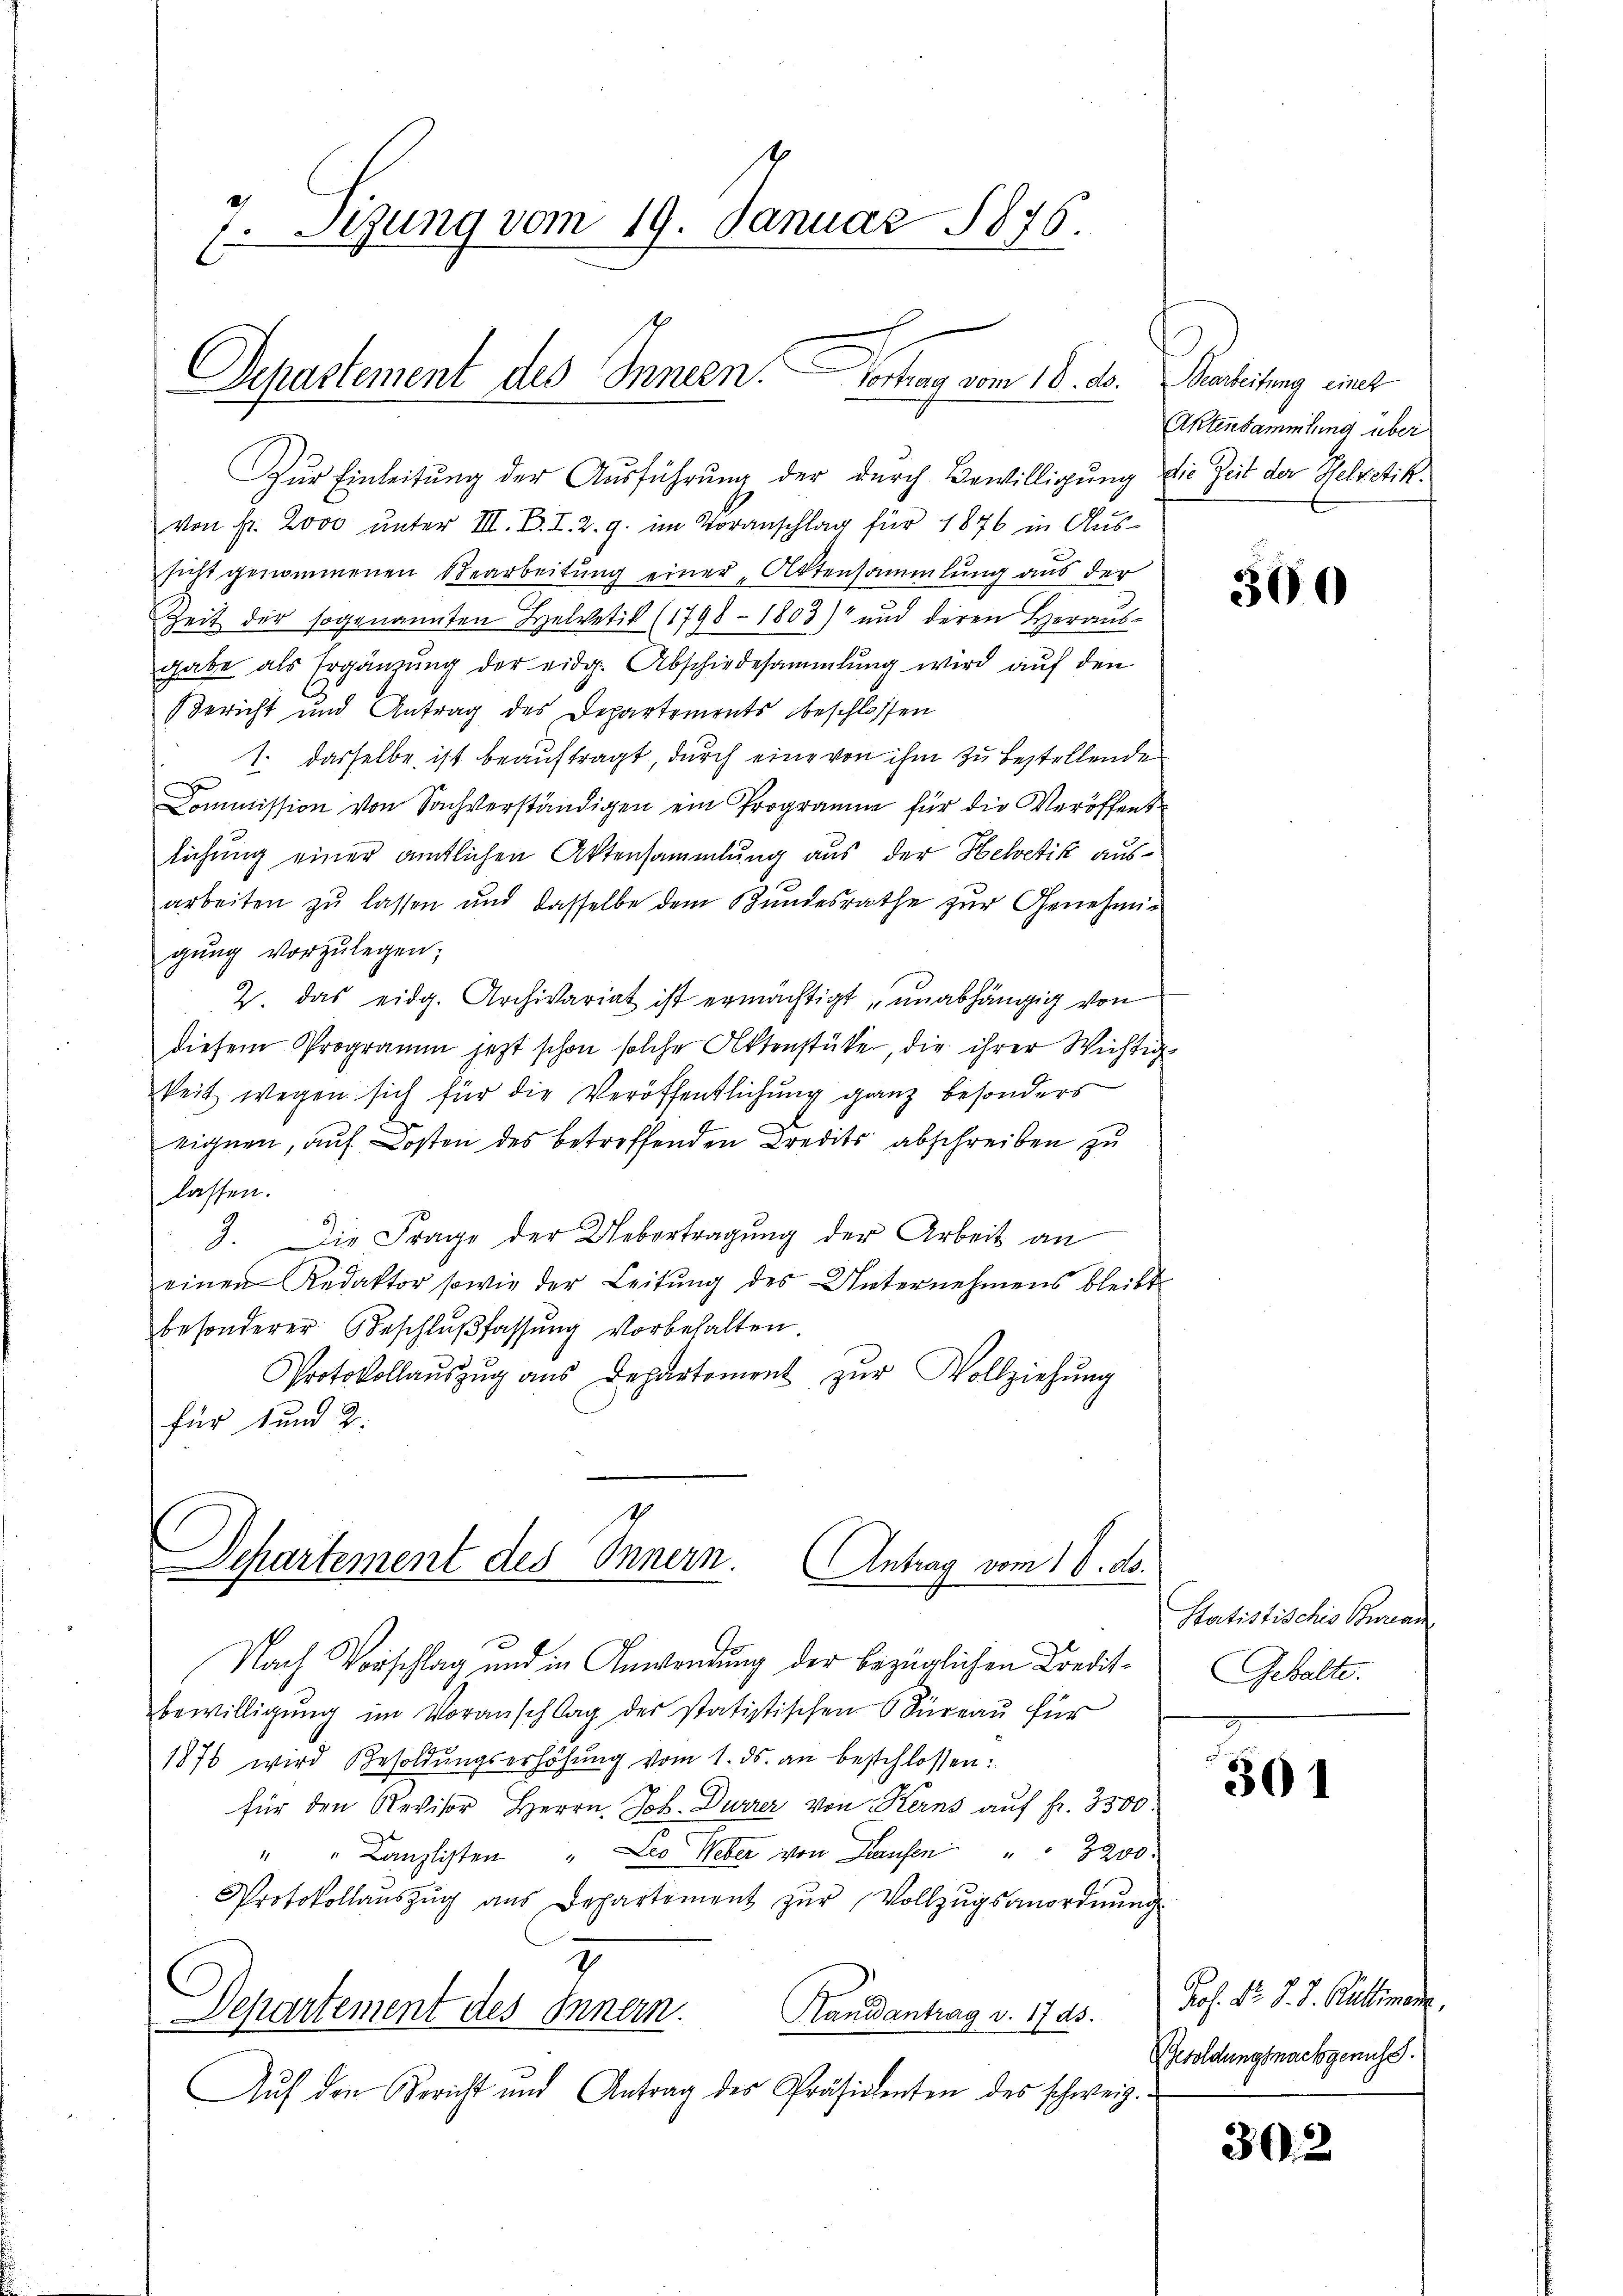
7. Sizung vom 19. Januar 1876.

Departement des Innern. Vortrag vom 16. ds.

Zur Einleitung der Ausführung der durch Bewilligung die Zeit der Helvetik
von Fr. 2000 unter III. B. I. 2. g. im Voranschlag für 1876 in Aussicht genommenen Bearbeitung einer Aktensammlung aus der
Zeit der sogenannten Helvetik (1798 - 1803) und deren Heraŭs-
gabe als Ergänzŭng der eidg. Abschiedesammlung wird auf den
Bericht und Antrag des Departements beschlossen
1. dasselbe ist beauftragt, durch eine von ihm zu bestellende
Commission von Sachverständigen ein Programm für die Veröffent
lichung einer amtlichen Aktensammlung aus der Helvetik ausarbeiten zu lassen und dasselbe dem Bundesrathe zur Genehmigŭng vorzŭlegen;
2. das eidg. Archivariat ist ermächtigt unabhängig von
diesem Programm jezt schon solche Aktenstücke, die ihrer Wichtigkeit wegen sich für die Veröffentlichung ganz besonders
eignen, auf Kosten des betreffenden Kredits abschreiben zu
lassen.
3. Die Frage der Uebertragung der Arbeit an
einen Redaktor sowie der Leitŭng des Unternehmens bleibt
besonderer Beschlŭβfassŭng vorbehalten.
Protokollaŭszŭg ans Departement zŭr Vollziehŭng
für 1 und 2.

Nach Vorschlag und in Anwendung der bezüglichen Kredisbewilligŭng im Voranschlag der statistischen Süreaŭ für
1876 wird Besoldŭngserhöhŭng vom 1. ds. an beschlossen:
für den Revisor Herrn Joh. Durrer von Kerns auf Fr. 3300.
" " Kanzlisten " Leo Weber von Hausen " " 3200.
Protokollaŭszŭg aŭs Departement zŭr Vollzŭgsanordnŭng
7
Departement des Innern.
Handantrag v. 17 ds.
Auf den Bericht und Antrag des Präsidenten des schweiz.

1
Departement des Innern. Antrag vom 18. ds.

ladung mit
Aktensammlung über

300

Satistischer Bernan
Gehalte.

301

Prof. Dr. J. J. Rüttimann.
Gesoldungsnachgenuss.

302